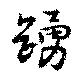
踊